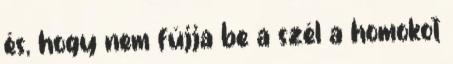
és, hogy nem fújja be a szél a homokot